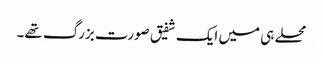
محلے ہی میں ایک شفیق صورت بزرگ تھے۔